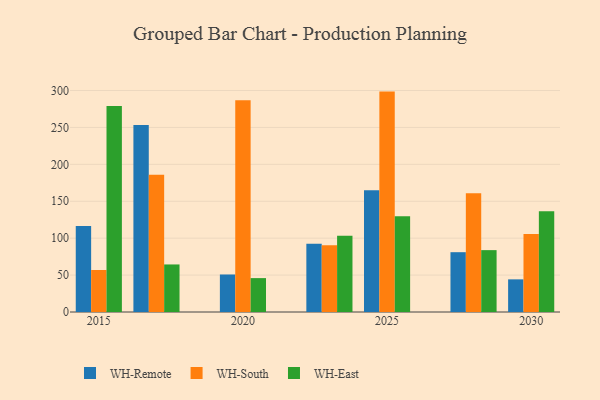
{"axis": {"x": "Year", "y": "Conversion Rate (%)"}, "legend": ["WH-East", "WH-Remote", "WH-South"], "data": [{"x": "2020", "y": 50.8, "type": "WH-Remote"}, {"x": "2020", "y": 286.9, "type": "WH-South"}, {"x": "2020", "y": 45.9, "type": "WH-East"}, {"x": "2015", "y": 116.6, "type": "WH-Remote"}, {"x": "2015", "y": 56.9, "type": "WH-South"}, {"x": "2015", "y": 279.1, "type": "WH-East"}, {"x": "2025", "y": 164.8, "type": "WH-Remote"}, {"x": "2025", "y": 298.5, "type": "WH-South"}, {"x": "2025", "y": 129.8, "type": "WH-East"}, {"x": "2017", "y": 253.4, "type": "WH-Remote"}, {"x": "2017", "y": 185.8, "type": "WH-South"}, {"x": "2017", "y": 64.4, "type": "WH-East"}, {"x": "2030", "y": 44.2, "type": "WH-Remote"}, {"x": "2030", "y": 105.7, "type": "WH-South"}, {"x": "2030", "y": 136.6, "type": "WH-East"}, {"x": "2023", "y": 92.3, "type": "WH-Remote"}, {"x": "2023", "y": 90.3, "type": "WH-South"}, {"x": "2023", "y": 103.3, "type": "WH-East"}, {"x": "2028", "y": 81.0, "type": "WH-Remote"}, {"x": "2028", "y": 160.8, "type": "WH-South"}, {"x": "2028", "y": 83.8, "type": "WH-East"}]}